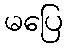
မပြေ